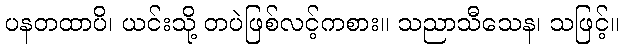
ပနတထာပိ၊ ယင်းသို့ တပဲဖြစ်လင့်ကစား။ သညာသီသေန၊ သဖြင့်။